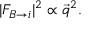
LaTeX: | F _ { B \rightarrow i } | ^ { 2 } \propto { \vec { q } } ^ { 2 } .